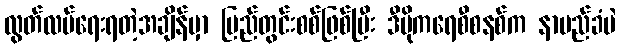
လွတ်လပ်ရေးရတဲ့အချိန်မှာ ပြည်တွင်းစစ်ဖြစ်ပြီး ဒီမိုကရေစီစနစ်က နာမည်ခံပဲ